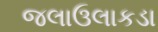
જલાઉલાકડા